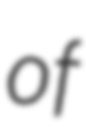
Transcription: of